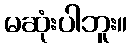
မဆုံးပါဘူး။